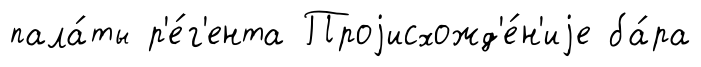
пала́ты р'е́г'ента Проjисхожд'е́н'иjе ба́ра